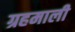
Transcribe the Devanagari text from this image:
ग्रहमाली